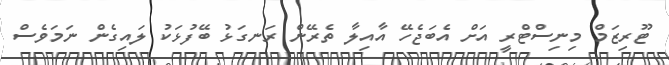
ޓޫރިޒަމް މިނިސްޓްރީ އަށް އެބަޖެހޭ އާއިލާ ތެރޭން ރަނގަޅު ބޭފުޅަކު ލައިގެން ނަމަވެސް